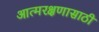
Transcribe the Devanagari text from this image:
आत्मरक्षणासाठी